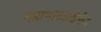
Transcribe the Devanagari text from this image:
महाभारताखेरीज